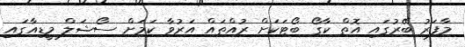
މާފަރު ބޭރުގައި އޮތް ކާގޯ ބޯޓަކަށް ރުއްތައް އަރުވާ ކަމަށް ސޯޝަލް މީޑިއާގައި